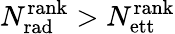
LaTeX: N_{\mathrm{rad}}^{\mathrm{rank}}>N_{\mathrm{ett}}^{\mathrm{rank}}